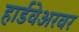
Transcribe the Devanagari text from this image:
हार्डवेअरवर